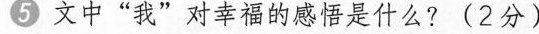
5 文中“我”对幸福的感悟是什么? (2分）